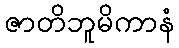
ဇာတိဘူမိကာနံ